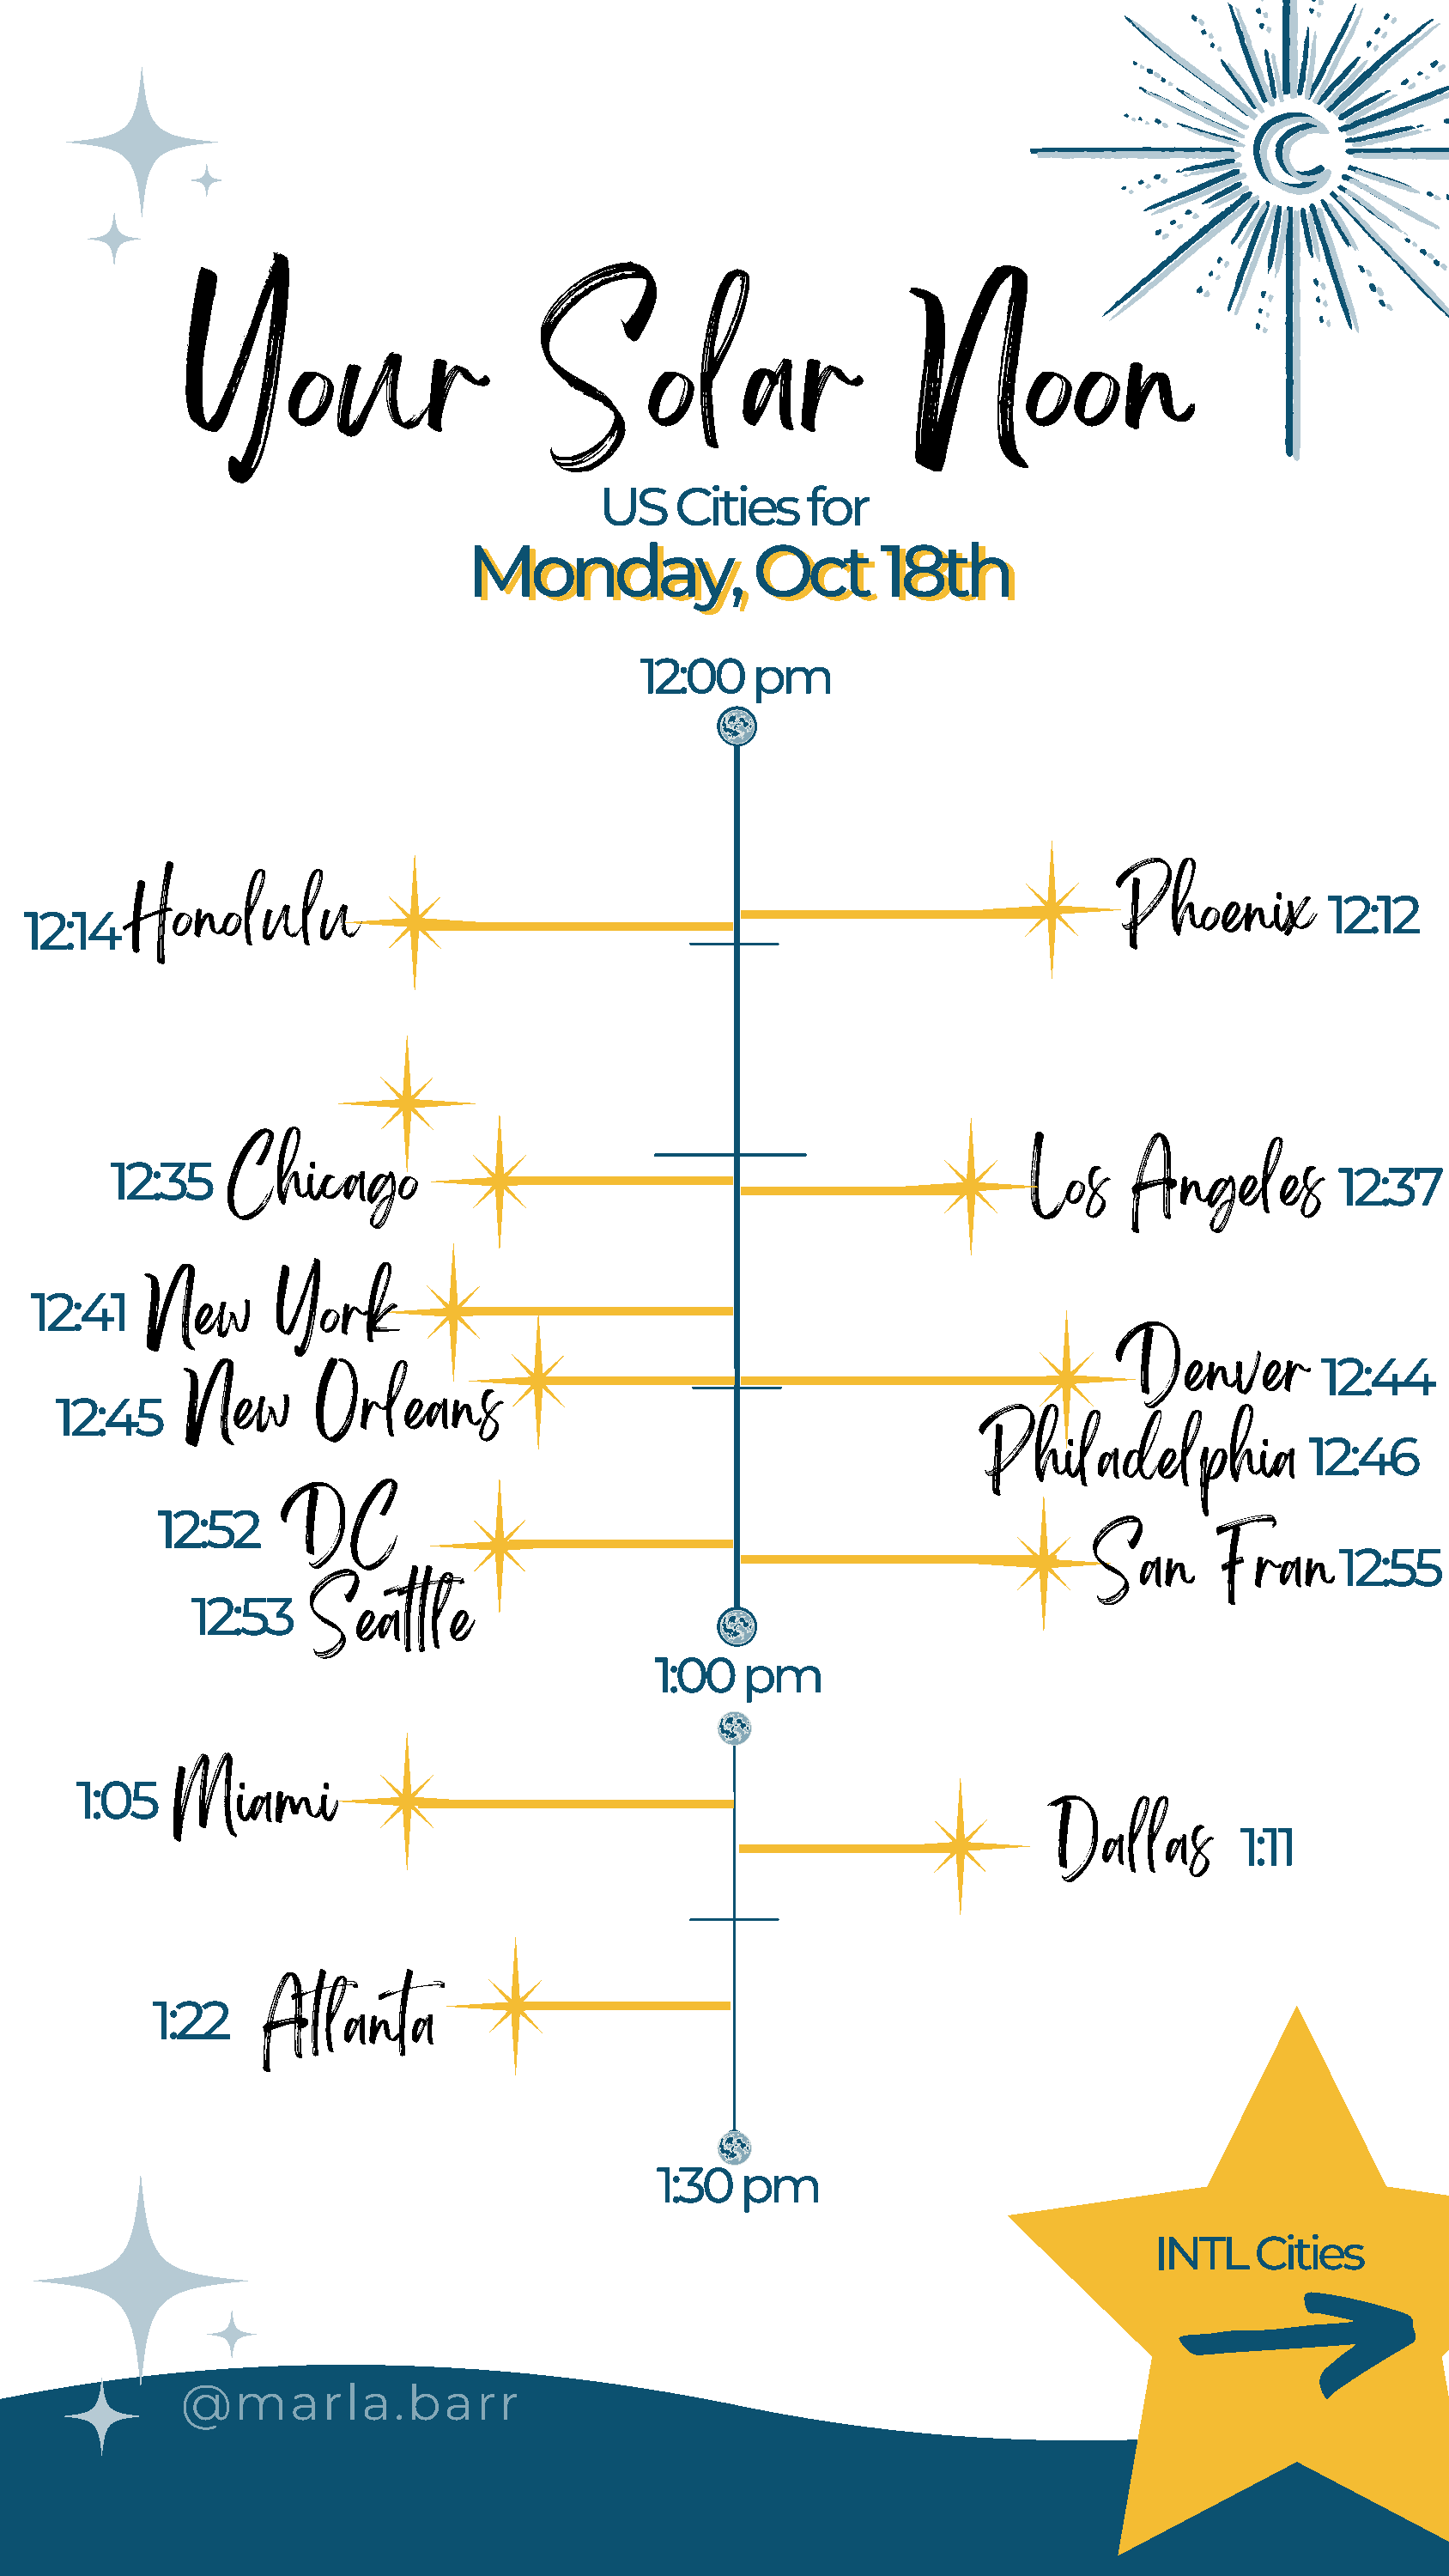
Your                        Solar                       Noon
 US    Cities    for
 MMoonnddaayy,,        OOcctt    1188tthh
 12:00    pm
 Phoenix
 Honolulu                                                                                     12:12
 12:14
 12:35    Chicago                                                       Los     Angeles
 12:37
 12:41    New       York
 Denver
 12:44
 New       Orleans
 12:45
 Philadelphia              12:46
 12:52     DC
 San       Fran
 12:55
 12:53    Seattle
 1:00   pm
 1:05   Miami
 Dallas
 1:11
 1:22    Atlanta
 1:30  pm
 INTL    Cities
 @marla.barr